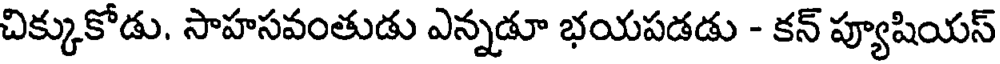
చిక్కుకోడు. సాహసవంతుడు ఎన్నడూ భయపడడు - కన్ ప్యూషియస్